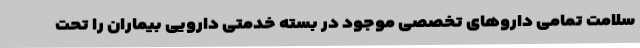
سلامت تمامی داروهای تخصصی موجود در بسته خدمتی دارویی بیماران را تحت